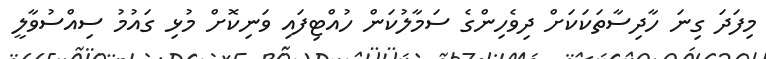
މިފަދަ ގިނަ ހާދިސާތަކަކަށް ދިވެހިންގެ ސަމާލުކަން ހުއްޓިފައި ވަނިކޮށް މުޅި ގައުމު ސިއްސުވާލީ